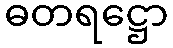
ဓတရဋ္ဌော